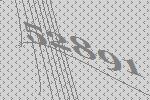
52891